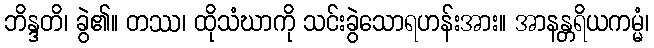
ဘိန္ဒတိ၊ ခွဲ၏။ တဿ၊ ထိုသံဃာကို သင်းခွဲသောရဟန်းအား။ အာနန္တရိယကမ္မံ၊